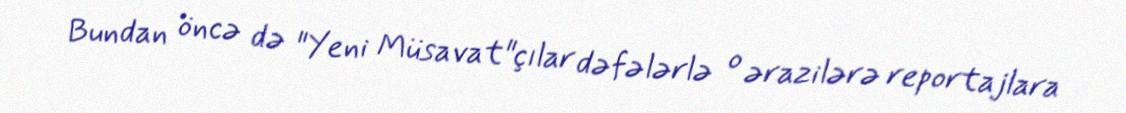
Bundan öncə də "Yeni Müsavat"çılar dəfələrlə o ərazilərə reportajlara